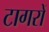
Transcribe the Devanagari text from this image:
टागरों